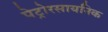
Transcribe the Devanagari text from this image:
पेट्रोरसायनिक